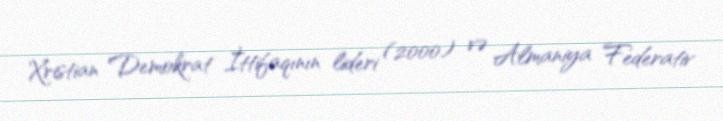
Xristian Demokrat İttifaqının lideri (2000) və Almaniya Federativ